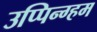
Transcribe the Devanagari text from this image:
उप्पिन्ग्हम